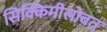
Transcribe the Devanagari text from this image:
सिक्किमीसोबत